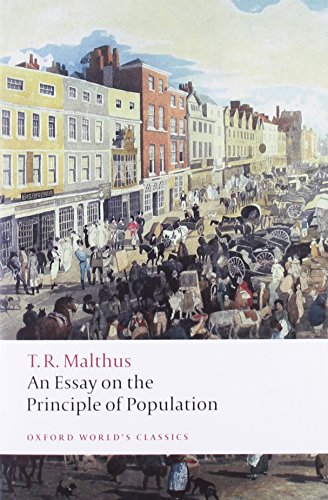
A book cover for An Essay on the Principle of Population (Oxford World's Classics); Thomas Malthus; Politics & Social Sciences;